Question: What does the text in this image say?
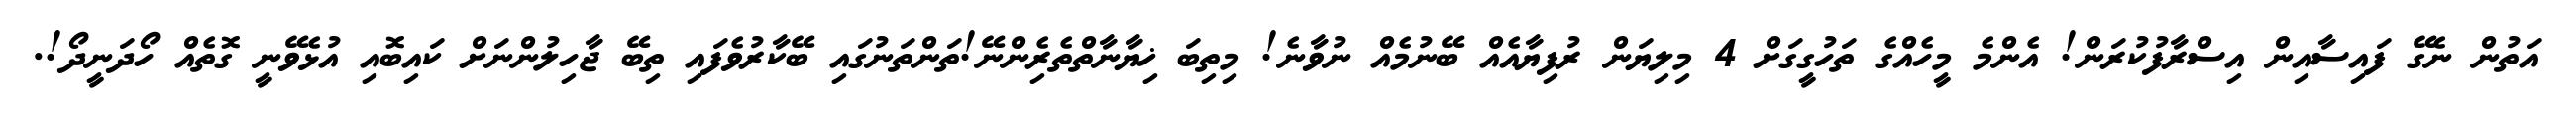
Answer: އަތުން ނެގޭ ފައިސާއިން އިސްރާފުކުރަން! އެންމެ މީހެއްގެ ތަހުގީގަށް 4 މިލިޔަން ރުފިޔާއެއް ބޭނުމެއް ނުވާނެ! މިތިބަ ޚިޔާނާތްތެރެިންނޭ!ތަންތަނުގައި ބޭކާރުވެފައި ތިބޭ ޖާހިލުންނަށް ކައިބޮއި އުޅެވޭނީ ގޮތެއް ހޯދަނީދޯ!.